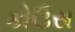
કોઉસ